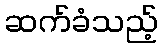
ဆက်ခံသည့်